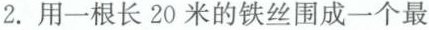
2.用一根长20米的铁丝围成一个最